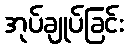
အုပ်ချုပ်ခြင်း